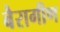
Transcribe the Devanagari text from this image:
बैरागीण